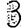
Digit: 3